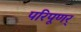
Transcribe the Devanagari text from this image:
परिपूणर्